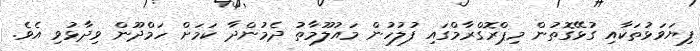
ފިޔަވަޅުތަކާއި ގުޅޭގޮތުން މިޕްރޮގްރާމްގައި ފުލުހުން މައުލޫމާތު ދެމުންދާ ކަމަށް ހަމްދޫން ވިދާޅުވި އެވެ.